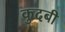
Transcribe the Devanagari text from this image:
कुदबी